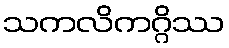
သကလိကဂ္ဂိဿ